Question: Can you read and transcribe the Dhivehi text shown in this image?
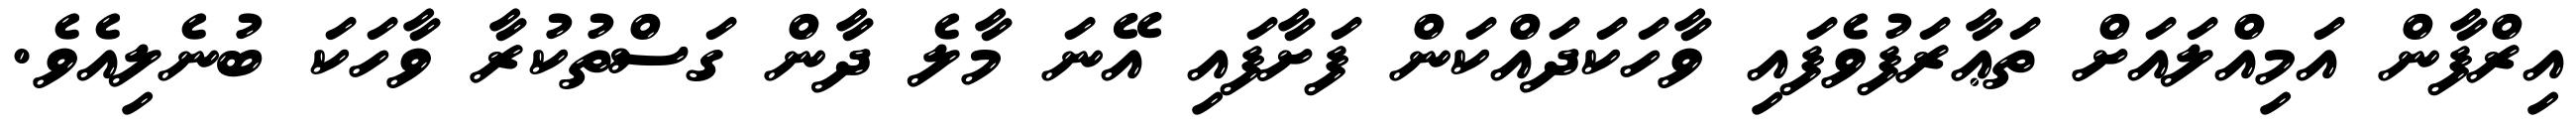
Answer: އިރްފާން އަމިއްލައަށް ތަޢާރަފުވެފައި ވާހަކަދައްކަން ފަށާފައި އޭނަ މާލެ ދާން ގަސްތުކުރާ ވާހަކަ ބުނެލިއެވެ.